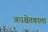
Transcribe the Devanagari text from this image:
अधश्चेतकाला